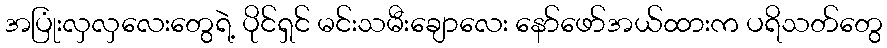
အပြုံးလှလှလေးတွေရဲ့ ပိုင်ရှင် မင်းသမီးချောလေး နော်ဖော်အယ်ထားက ပရိသတ်တွေ